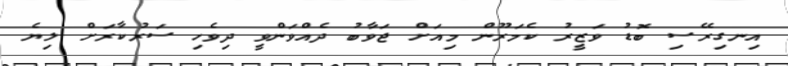
އިނގިރޭސި ބޮޑު ވަޒީރު ކެމަރޫން މިއަށް ޖަވާބު ދެއްވަންވީ ދިވެހި ސަރުކާރަށް ލިޔެ